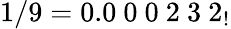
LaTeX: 1/9=0.0\ 0\ 0\ 2\ 3\ 2_{!}